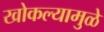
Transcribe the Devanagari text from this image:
खोकल्यामुळे